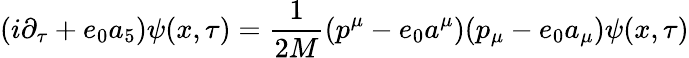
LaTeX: (i\partial_{\tau}+e_{0}a_{5})\psi(x,\tau)=\frac{1}{2M}(p^{\mu}-e_{0}a^{\mu})(p_{\mu}-e_{0}a_{\mu})\psi(x,\tau)